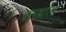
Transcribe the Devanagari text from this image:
समर्थाला